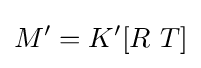
M'=K'[R~T]